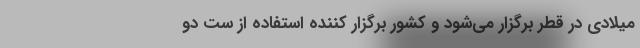
میلادی در قطر برگزار می‌شود و کشور برگزار کننده استفاده از سِت دو